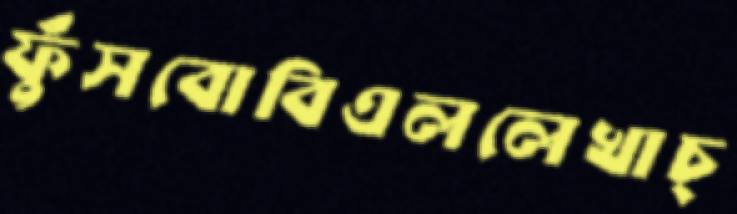
ফুঁসবোবিএললেখাচ্